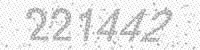
Solution: 221442